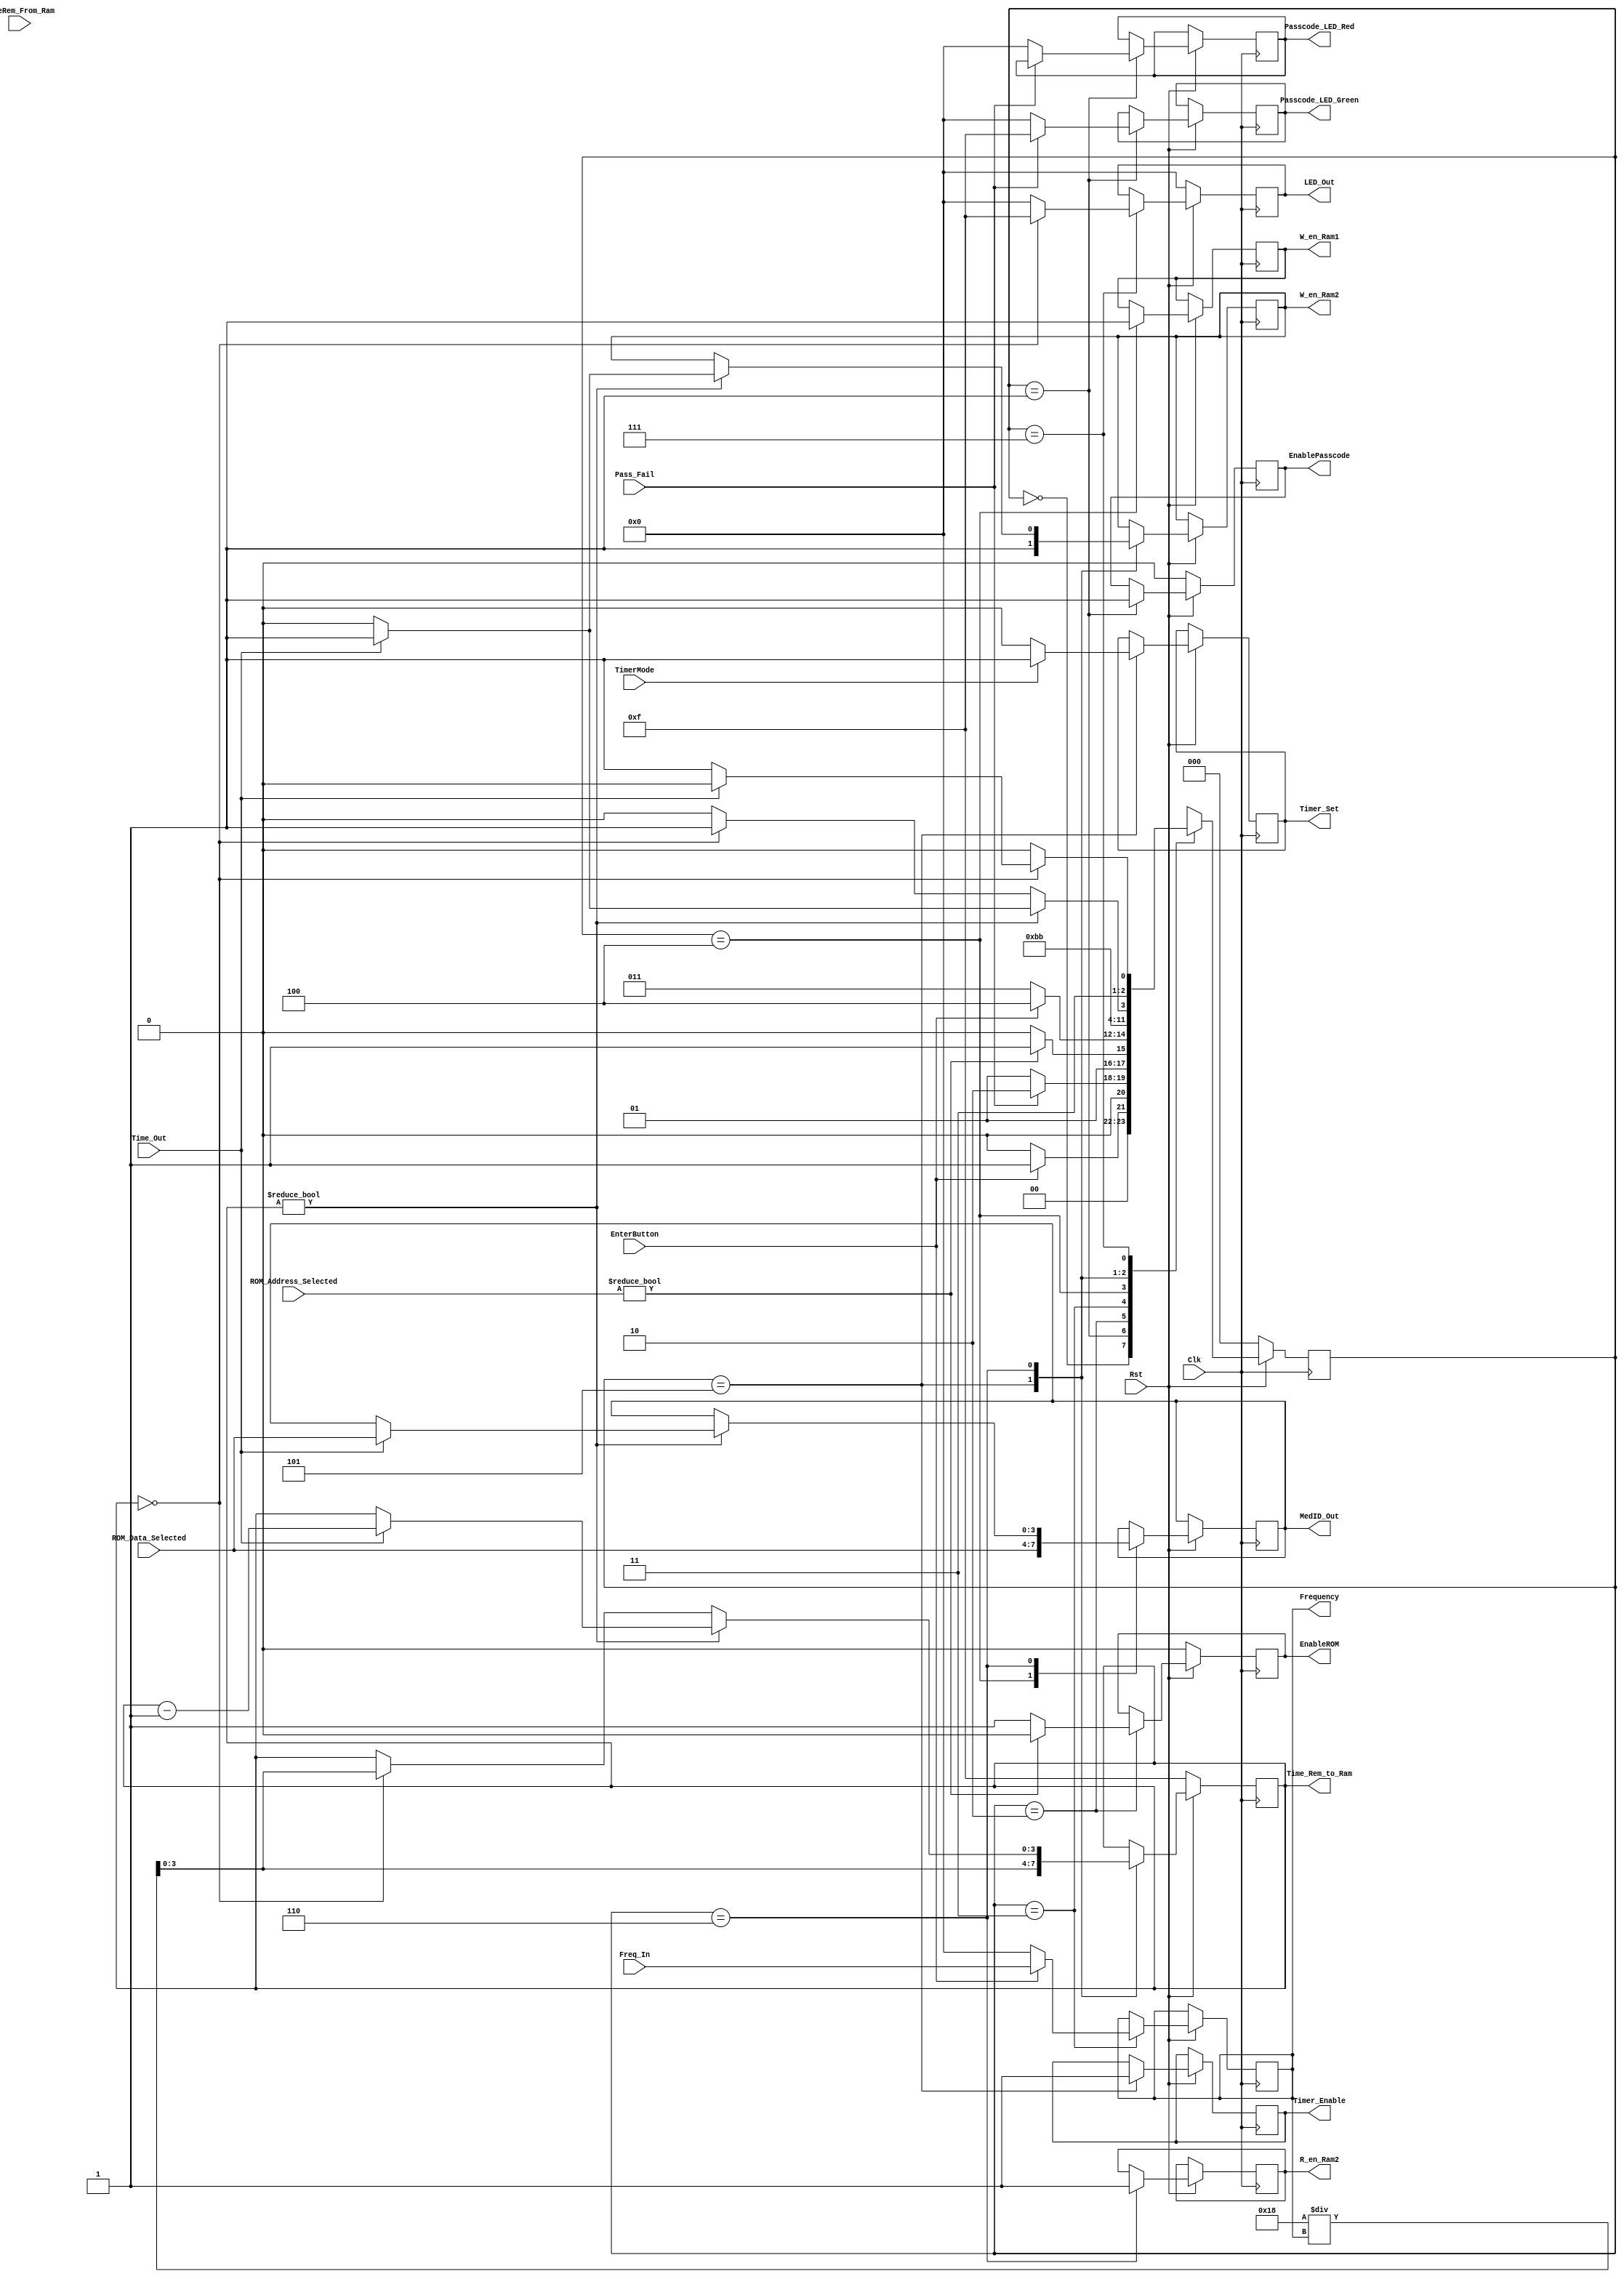
`timescale 1ns / 10ps

module MyMedicineReminderModule(Clk, Rst, EnterButton, Freq_In, TimeRem_From_Ram, Pass_Fail, ROM_Address_Selected, ROM_Data_Selected, EnablePasscode, EnableROM,
	W_en_Ram1, MedID_Out, Frequency, W_en_Ram2, R_en_Ram2, LED_Out, Timer_Enable, Timer_Set, Passcode_LED_Green, Passcode_LED_Red, Time_Rem_to_Ram, Time_Out, TimerMode);

input Clk, Rst;
input EnterButton; // Key[0]
input Pass_Fail; // input from Passcode module (P/F)
input [3:0] Freq_In; // input from toggle switches
input Time_Out;
input TimerMode;

input [5:0] ROM_Address_Selected; // ROM Addrerss of the MEdID 
input [3:0] ROM_Data_Selected; // This is the Med ID

input [3:0] TimeRem_From_Ram; // input from RAM(read-data)

output EnablePasscode; // Start passcode process
reg EnablePasscode;
output [3:0] Passcode_LED_Green;
reg [3:0] Passcode_LED_Green;
output [3:0] Passcode_LED_Red;
reg [3:0] Passcode_LED_Red;
output EnableROM;
reg EnableROM;

output [3:0] MedID_Out;
reg [3:0] MedID_Out;
output [3:0] Frequency;
reg [3:0] Frequency;
output [3:0] Time_Rem_to_Ram;
reg [3:0] TimeRem_Reg;

output W_en_Ram1;
reg W_en_Ram1;
output W_en_Ram2;
reg W_en_Ram2;
output R_en_Ram2;
reg R_en_Ram2;

output Timer_Enable;// To enable the Timer module
reg Timer_Enable;
output Timer_Set; // if 0: timeout after 1 sec; if 1: timeout after 1 min
reg Timer_Set;


output [3:0] LED_Out; // ALARM: to blink LED lights
reg [3:0] LED_Out;


reg [2:0] State;
parameter S_Off = 0, S_Passcode = 1, S_ROM = 2, S_FrequencyInput = 3, S_RAM1 = 4, S_RAM2 = 5, S_Monitor = 6, S_TimeDisplay = 7; 

always @(posedge Clk) // 1 procedure
begin
if(Rst == 0)
	begin
	LED_Out <= 4'b0000;
	TimeRem_Reg <= 4'b1111; // all 7 segments off
	EnablePasscode <= 0;
	EnableROM <= 0;
	State <= S_Off;
	
	end
else
	begin
	case(State)
	S_Off: begin
			if(EnterButton == 1)
				begin
				State <= S_Passcode;
				end
			else
				begin
				State <= S_Off;
				end
			end
	S_Passcode: begin
				EnablePasscode <= 1;
				if(Pass_Fail == 2'b01) // 01 = Pass
					begin // Start input process
					Passcode_LED_Green <= 4'b1111;
					State <= S_ROM;
					end
				else if(Pass_Fail == 2'b10) // 10 = Fail
					begin
					Passcode_LED_Red <= 4'b1111;
					State <= S_Passcode;
					end
				else                      // other
					begin
					Passcode_LED_Green <= 4'b0000;
					Passcode_LED_Red <= 4'b0000;
					State <= S_Passcode;
					end
				end
	S_ROM: begin
				EnableROM <= 1;
				if(ROM_Address_Selected !=0)
					begin
					State <= S_FrequencyInput;
					EnableROM <=0;
					end
				else
					begin
					State <= S_ROM;
					end
			end
	S_FrequencyInput: begin
						if(EnterButton == 1)
							begin
							Frequency <= Freq_In;
							State <= S_RAM1;
							end
						else
							begin
							Frequency <= 0;
							State <= S_FrequencyInput;
							end
					end
	S_RAM1: begin
				W_en_Ram1 <= 1;
				MedID_Out <= ROM_Data_Selected;
				State <= S_RAM2;
			end
	S_RAM2: begin
				W_en_Ram2 <= 1;				
				TimeRem_Reg <= 24/Frequency;
				Timer_Enable <= 1;
				if(TimerMode == 1)
					begin
					Timer_Set <= 1;
					end
				else
					begin
					Timer_Set <= 0;
					end
				State <= S_Monitor;
			end
	S_Monitor: begin
					R_en_Ram2 <=1;					
					if(TimeRem_Reg != 0)
					begin
						if(Time_Out == 1)
							begin
							TimeRem_Reg <= TimeRem_Reg - 1;
							W_en_Ram2 <= 1;
							MedID_Out <= ROM_Data_Selected;
							State <= S_TimeDisplay;
							end
							else 
							begin
							W_en_Ram2 <= 0;
							State <= S_Monitor;
							end
					end
						
					else if(TimeRem_Reg == 0)
					begin
						TimeRem_Reg <= 24/Frequency;
						State <= S_TimeDisplay;
					end
					else
					begin
						State <= S_Monitor;
					end
					
				end
	S_TimeDisplay: begin
						if(TimeRem_Reg == 0)
							begin
							LED_Out <= 4'b1111; // ALARM
							if(Time_Out == 1)
							begin
							State <= S_Monitor;
							end
							else
							begin
							State <= S_TimeDisplay;
							end
							end
						else
							begin
							LED_Out <= 4'b0000;
							State <= S_Monitor;
							end
					end
	default: begin
				State <= S_Off;
			end
	endcase
				
	end // end of else
	end // end of always block
	
	assign Time_Rem_to_Ram = TimeRem_Reg;
	
	endmodule